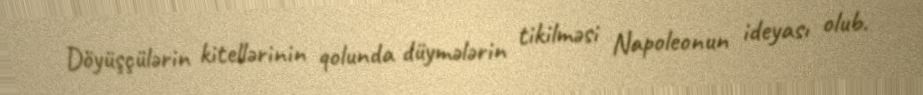
Döyüşçülərin kitellərinin qolunda düymələrin tikilməsi Napoleonun ideyası olub.